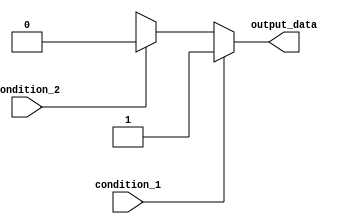
module if_else_example (
    input wire condition_1,
    input wire condition_2,
    output reg output_data
);

always @(*)
begin
    if (condition_1)
    begin
        // Execute code block for condition 1 being true
        output_data <= 1'b1;
    end
    else if (condition_2)
    begin
        // Execute code block for condition 2 being true
        output_data <= 1'b0;
    end
    else
    begin
        // Default action if none of the conditions are met
        output_data <= 1'bx; // represents 'unknown' value
    end
end

endmodule